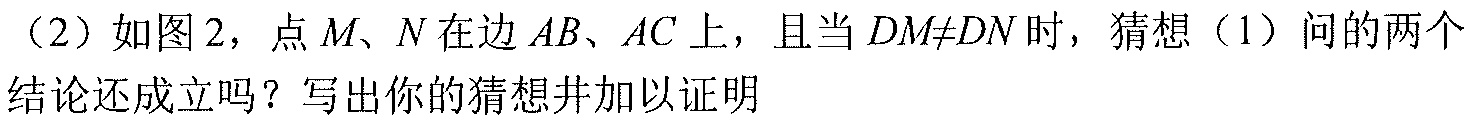
（2）如图2，点$M、N$在边$AB、AC$上，且当$DM\neq DN$时，猜想（1）问的两个
结论还成立吗？写出你的猜想并加以证明